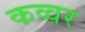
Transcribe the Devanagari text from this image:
कव्वर